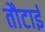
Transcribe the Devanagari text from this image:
तौटाई